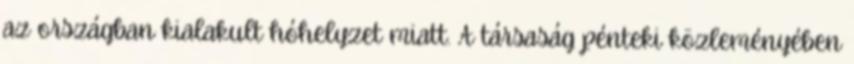
az országban kialakult hóhelyzet miatt. A társaság pénteki közleményében